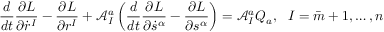
\frac { d } { d t } \frac { \partial L } { \partial \dot { r } ^ { I } } - \frac { \partial L } { \partial r ^ { I } } + \mathcal { A } _ { I } ^ { a } \left( \frac { d } { d t } \frac { \partial L } { \partial \dot { s } ^ { \alpha } } - \frac { \partial L } { \partial s ^ { \alpha } } \right) = \mathcal { A } _ { I } ^ { a } Q _ { a } , \ \ I = \bar { m } + 1 , \ldots , n